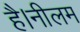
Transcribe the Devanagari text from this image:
है।नीलम